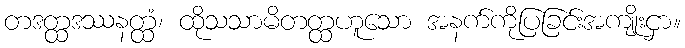
တဒတ္ထဒဿနတ္ထံ၊ ထိုသသာမိတတ္ထဟူသော အနက်ကိုပြခြင်းအကျိုးငှာ။